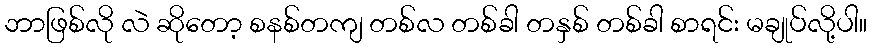
ဘာဖြစ်လို လဲ ဆိုတော့ စနစ်တကျ တစ်လ တစ်ခါ တနှစ် တစ်ခါ စာရင်း မချုပ်လို့ပါ။